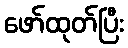
ဖော်ထုတ်ပြီး